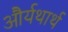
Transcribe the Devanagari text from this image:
और्यथार्थ